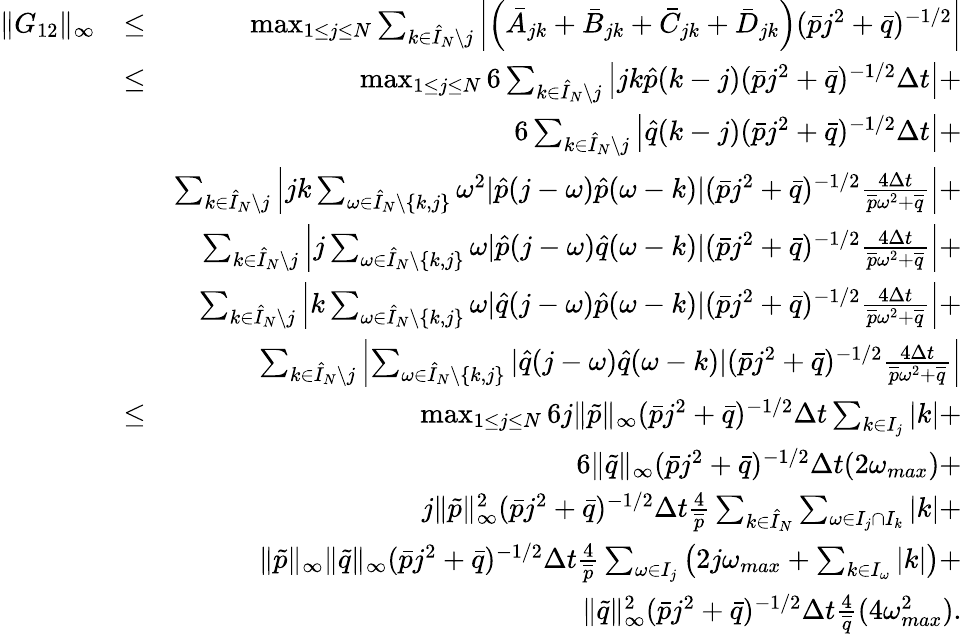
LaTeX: \begin{array}{rlr}{\| G_{12}\| _{\infty}}&{\leq}&{\operatorname*{max}_{1\leq j\leq N}\sum_{k\in\hat{I}_{N}\setminus j}\left|\left(\bar{A}_{jk}+\bar{B}_{jk}+\bar{C}_{jk}+\bar{D}_{jk}\right)(\bar{p}j^{2}+\bar{q})^{-1/2}\right|}\\ &{\leq}&{\operatorname*{max}_{1\leq j\leq N}6\sum_{k\in\hat{I}_{N}\setminus j}\left|jk\hat{p}(k-j)(\bar{p}j^{2}+\bar{q})^{-1/2}\Delta t\right|+}\\ &{}&{6\sum_{k\in\hat{I}_{N}\setminus j}\left|\hat{q}(k-j)(\bar{p}j^{2}+\bar{q})^{-1/2}\Delta t\right|+}\\ &{}&{\sum_{k\in\hat{I}_{N}\setminus j}\left|jk\sum_{\omega\in\hat{I}_{N}\setminus\{ k,j\} }\omega^{2}|\hat{p}(j-\omega)\hat{p}(\omega-k)|(\bar{p}j^{2}+\bar{q})^{-1/2}\frac{4\Delta t}{\overline{{p}}\omega^{2}+\overline{{q}}}\right|+}\\ &{}&{\sum_{k\in\hat{I}_{N}\setminus j}\left|j\sum_{\omega\in\hat{I}_{N}\setminus\{ k,j\} }\omega|\hat{p}(j-\omega)\hat{q}(\omega-k)|(\bar{p}j^{2}+\bar{q})^{-1/2}\frac{4\Delta t}{\overline{{p}}\omega^{2}+\overline{{q}}}\right|+}\\ &{}&{\sum_{k\in\hat{I}_{N}\setminus j}\left|k\sum_{\omega\in\hat{I}_{N}\setminus\{ k,j\} }\omega|\hat{q}(j-\omega)\hat{p}(\omega-k)|(\bar{p}j^{2}+\bar{q})^{-1/2}\frac{4\Delta t}{\overline{{p}}\omega^{2}+\overline{{q}}}\right|+}\\ &{}&{\sum_{k\in\hat{I}_{N}\setminus j}\left|\sum_{\omega\in\hat{I}_{N}\setminus\{ k,j\} }|\hat{q}(j-\omega)\hat{q}(\omega-k)|(\bar{p}j^{2}+\bar{q})^{-1/2}\frac{4\Delta t}{\overline{{p}}\omega^{2}+\overline{{q}}}\right|}\\ &{\leq}&{\operatorname*{max}_{1\leq j\leq N}6j\| \tilde{p}\| _{\infty}(\bar{p}j^{2}+\bar{q})^{-1/2}\Delta t\sum_{k\in I_{j}}\left|k\right|+}\\ &{}&{6\| \tilde{q}\| _{\infty}(\bar{p}j^{2}+\bar{q})^{-1/2}\Delta t(2\omega_{max})+}\\ &{}&{j\| \tilde{p}\| _{\infty}^{2}(\bar{p}j^{2}+\bar{q})^{-1/2}\Delta t\frac{4}{\overline{{p}}}\sum_{k\in\hat{I}_{N}}\sum_{\omega\in I_{j}\cap I_{k}}|k|+}\\ &{}&{\| \tilde{p}\| _{\infty}\| \tilde{q}\| _{\infty}(\bar{p}j^{2}+\bar{q})^{-1/2}\Delta t\frac{4}{\overline{{p}}}\sum_{\omega\in I_{j}}\left(2j\omega_{max}+\sum_{k\in I_{\omega}}\left|k\right|\right)+}\\ &{}&{\| \tilde{q}\| _{\infty}^{2}(\bar{p}j^{2}+\bar{q})^{-1/2}\Delta t\frac{4}{\overline{{q}}}(4\omega_{max}^{2}).}\end{array}